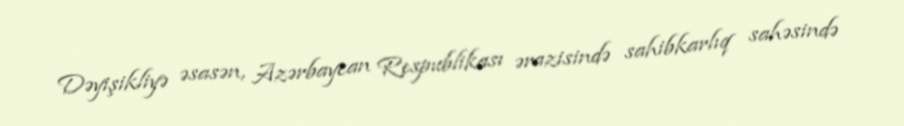
Dəyişikliyə əsasən, Azərbaycan Respublikası ərazisində sahibkarlıq sahəsində